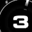
Digit: 3